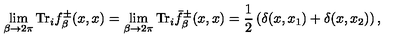
\lim _ { \beta \rightarrow 2 \pi } \mathrm { T r } _ { i } f _ { \beta } ^ { \pm } ( x , x ) = \lim _ { \beta \rightarrow 2 \pi } \mathrm { T r } _ { i } \bar { f } _ { \beta } ^ { \pm } ( x , x ) = \frac 1 2 \left( \delta ( x , x _ { 1 } ) + \delta ( x , x _ { 2 } ) \right) ,